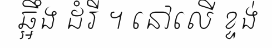
ឆ្អឹង ដំរី ។ នៅលើ ខ្ទង់